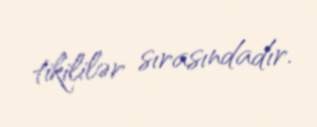
tikililər sırasındadır.